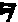
?